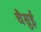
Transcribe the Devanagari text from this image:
चैसुई